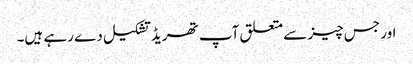
اور جس چیز سے متعلق آپ تھریڈ تشکیل دے رہے ہیں۔